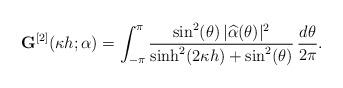
LaTeX: \begin{align*}\mathbf G^{[2]}(\kappa h;\alpha) = \int_{-\pi}^{\pi} \frac{\sin^2(\theta)\, |\widehat{\alpha}(\theta)|^2}{\sinh^2(2\kappa h) + \sin^2(\theta)}\,\frac{d\theta}{2\pi}.\end{align*}